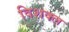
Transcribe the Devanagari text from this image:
विशक्ल